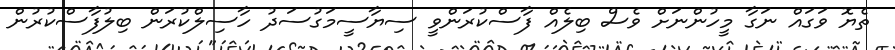
ތެޔޮ ވަގައް ނަގާ މީހުންނަށް ވެސް ބިލެއް ފާސްކުރަންވީ ސިޔާސީމަގުސަދު ހާސިލްކުރަން ބިލުފާސްކުރުން